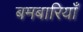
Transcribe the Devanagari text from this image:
बमबारियाँ